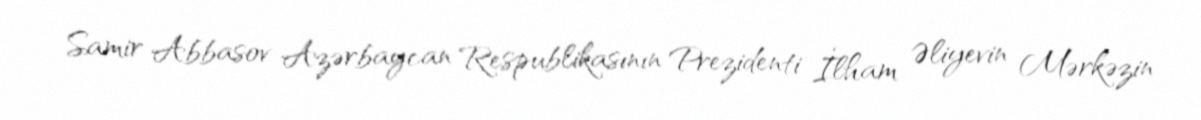
Samir Abbasov Azərbaycan Respublikasının Prezidenti İlham Əliyevin Mərkəzin